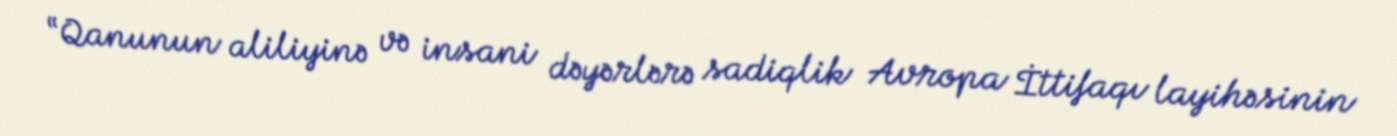
“Qanunun aliliyinə və insani dəyərlərə sadiqlik Avropa İttifaqı layihəsinin